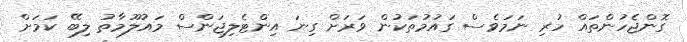
ގޮންޖެހުންތައް ހުރި ނަމަވެސް ގައުމުތަކުން ވަރަށް ގިނަ އިންޓެލިޖަންސް މައުލޫމާތު ލިބޭ ކަމަށް